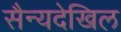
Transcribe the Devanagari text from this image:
सैन्यदेखिल